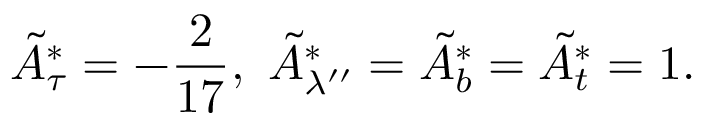
\tilde { A } _ { \tau } ^ { * } = - { \frac { 2 } { 1 7 } } , \, \, \tilde { A } _ { \lambda ^ { \prime \prime } } ^ { * } = \tilde { A } _ { b } ^ { * } = \tilde { A } _ { t } ^ { * } = 1 .